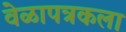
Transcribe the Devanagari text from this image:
वेळापत्रकला